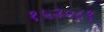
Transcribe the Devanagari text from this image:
१५२०८९